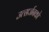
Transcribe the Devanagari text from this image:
उत्सर्जनको